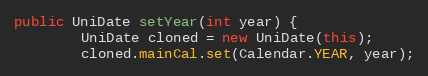
Language: Java
public UniDate setYear(int year) {
		UniDate cloned = new UniDate(this);
		cloned.mainCal.set(Calendar.YEAR, year);